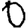
Digit: 0